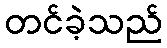
တင်ခဲ့သည်